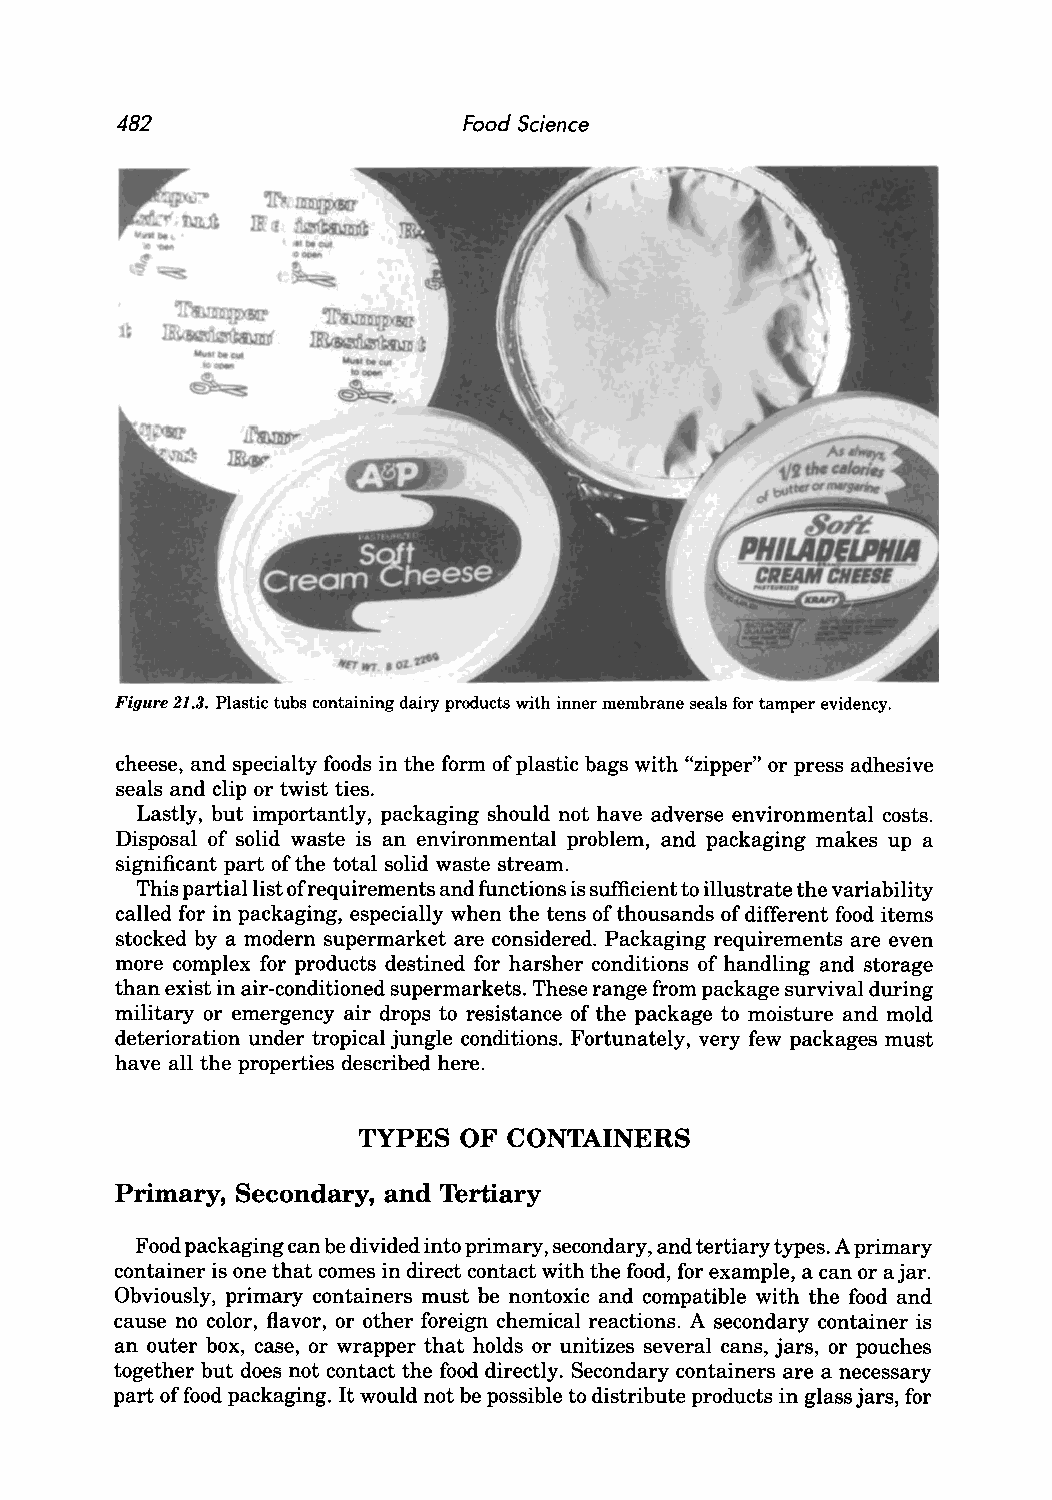
482                    Food Science
 Figure 21.3. Plastic tubs containing dairy products with inner membrane seals for tamper evidency.
 cheese, and specialty foods in the form of plastic bags with "zipper" or press adhesive
 seals and clip or twist ties.
 Lastly, but importantly, packaging should not have adverse environmental costs.
 Disposal of solid waste is an environmental problem, and packaging makes up a
 significant part of the total solid waste stream.
 This partial list of requirements and functions is sufficient to illustrate the variability
 called for in packaging, especially when the tens of thousands of different food items
 stocked by a modern supermarket are considered. Packaging requirements are even
 more complex for products destined for harsher conditions of handling and storage
 than exist in air-conditioned supermarkets. These range from package survival during
 military or emergency air drops to resistance of the package to moisture and mold
 deterioration under tropical jungle conditions. Fortunately, very few packages must
 have all the properties described here.
 TYPES  OF CONTAINERS
 Primary, Secondary, and Tertiary
 Food packaging can be divided into primary, secondary, and tertiary types. A primary
 container is one that comes in direct contact with the food, for example, a can or ajar.
 Obviously, primary containers must be nontoxic and compatible with the food and
 cause no color, flavor, or other foreign chemical reactions. A secondary container is
 an outer box, case, or wrapper that holds or unitizes several cans, jars, or pouches
 together but does not contact the food directly. Secondary containers are a necessary
 part of food packaging. It would not be possible to distribute products in glass jars, for